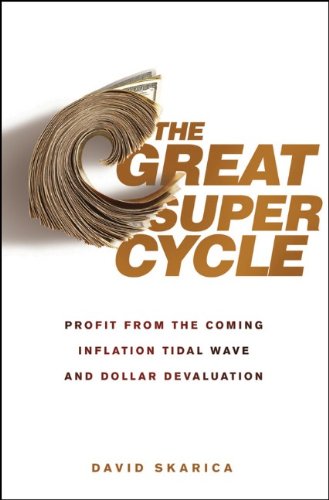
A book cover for The Great Super Cycle: Profit from the Coming Inflation Tidal Wave and Dollar Devaluation; David Skarica; Business & Money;